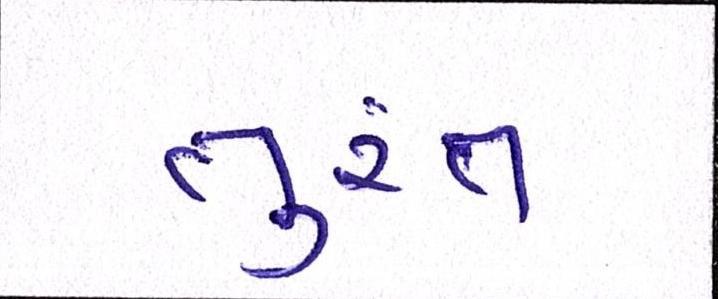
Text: તુરંત